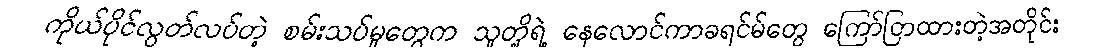
ကိုယ်ပိုင်လွတ်လပ်တဲ့ စမ်းသပ်မှုတွေက သူတို့ရဲ့ နေလောင်ကာခရင်မ်တွေ ကြော်ငြာထားတဲ့အတိုင်း